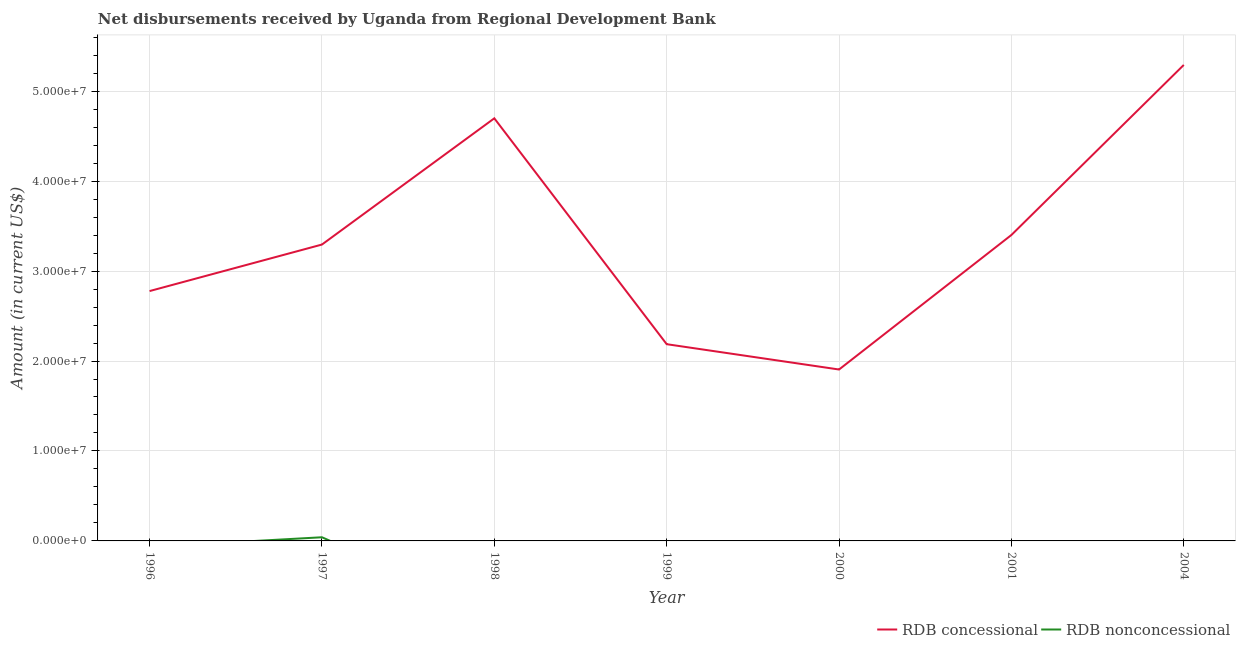
| Year | RDB concessional | RDB nonconcessional |
 | --- | --- | --- |
 | 1996 | 2.78e+07 | -6.49e+05 |
 | 1997 | 3.29e+07 | 4.06e+05 |
 | 1998 | 4.7e+07 | -7.95e+06 |
 | 1999 | 2.19e+07 | -1.39e+07 |
 | 2000 | 1.91e+07 | -4.27e+05 |
 | 2001 | 3.4e+07 | -2.58e+06 |
 | 2004 | 5.29e+07 | -2.4e+04 |